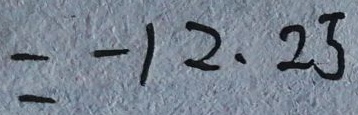
= - 1 2 . 2 5